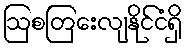
ဩစတြေးလျနိုင်ငံရှိ